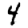
Digit: 4